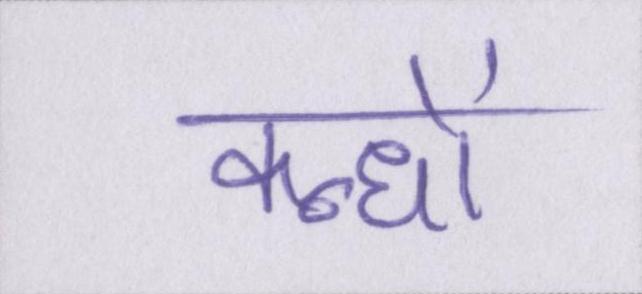
कन्धों